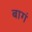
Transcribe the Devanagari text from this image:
बागं